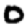
Digit: 0